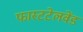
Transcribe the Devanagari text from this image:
फास्टटेलवेंड